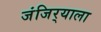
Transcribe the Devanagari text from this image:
जंजिर्‍याला